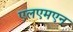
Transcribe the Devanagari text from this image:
एलएमएन